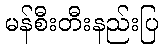
မန်စီးတီးနည်းပြ